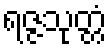
ရဇ္ဇသုတ္တံ